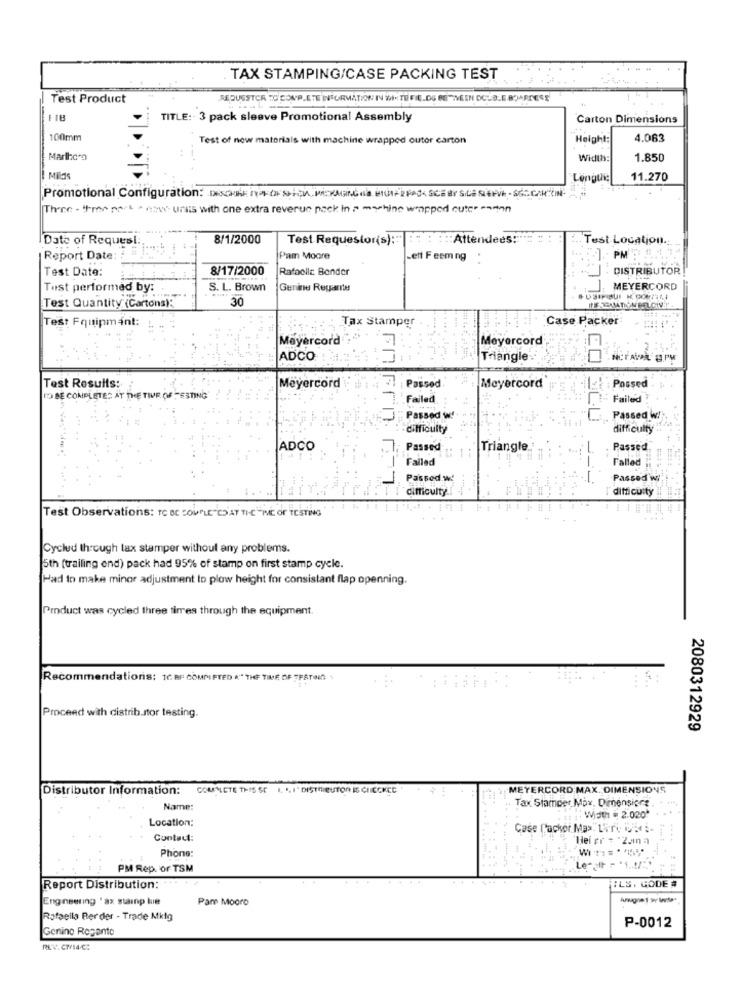
--
TAX STAMPING/CASE PACKING TEST
Test Product
REDUSSTOR TO COMPLETE INFORMATION IN WITH FIELDU BETWEEN DOLD.E.BOARDERS
118
TITLE :- 3 pack sleeve Promotional Assembly
Carton Dimensions
100mm
Test of new materials with machine wrapped outer carton
Height:
4.063
Marihora
Width:
1.850
Milas
Longue
11.270
Promotional Configuration: DriverSich Pickens 2P<cFor SCHECh-6CM
Three - tra pas . com unis with one extra reverun pack in a machine wrapped cute- --- an
IDate of Request
8/1/2000
Test Requestor(s):"
::: : Attendees!"
.. Test Location.
Report Date:
Pam Moore
-ett Feem ng
PM
Test Date:
8/17/2000
Rafooilc Bender
DISTRIBUTOR
Tast performed by:
S. L. Brown
Genine Reparte
MEYERCORD
30
Test Quantity (Cartons):
Test Fquipmant:
Tax Stamper
Case Packer:
Meyercord
Meyercord
ADCO
Triangle
CO
Test Results:
Meyercord
Passed
Meyercord
Possed
TO BE COMPLETED AT THE TIME OF -ESTING"
Failed
Failed !
17.
Passed wf
Passed W!
difficulty
difficulty
ADCO
Passed
Triangle
Passed
Failed
Falled
L
Passod w!
Passed Wi
difficulty.i
difficulty
Test Observations: TC BE COUPLE"CO AT THE TIME OF TESTING
Cycled through lax stamper without any problems.
5th (trailing end) pack had 95% of stamp on first stamp cycle.
Had to make minor adjustment to plow height for consistant flap openning.
Product was cycled three times through the equipment.
Recommendations: 1C BF COMM FTED A" THE TIME OF TFATWO \
Proceed with distrib.stor testing.
2080312929
Distributor Information: COMPLETE THIS SE 1. 1.1" DISTRIBUTOR E CIRCNCE
MEYERCORD MAX. DIMENSIONS
Name:
Tax Stamder Max, Dimensione .
Location:
Width = 2.020"
Case Packor Ma> Lire -
Contact:
Hei er = "2.una
...
Phone:
PM Rep. or TSM
Lesair
Report Distribution:
ILS. GODE #
Engineering ' ax stainp lue
Pam Mooro
Rafaella Ber der - Trade Mktg
Genino Recante
P-0012
PLV. CT/14.C: